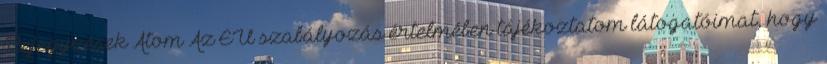
Bejegyzések Atom Az EU szabályozás értelmében tájékoztatom látogatóimat, hogy